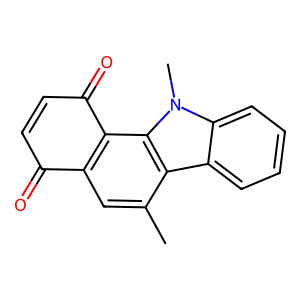
SMILES: Cc1cc2c(c3c1c1ccccc1n3C)C(=O)C=CC2=O
Inhibits HIV replication: No